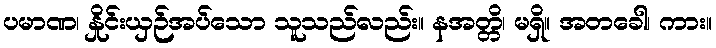
ပမာဏ၊ နှိုင်းယှဉ်အပ်သော သူသည်လည်း။ နအတ္တိ၊ မရှိ။ အတခေါ၊ ကား။